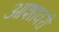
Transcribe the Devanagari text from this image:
आशावरी